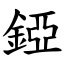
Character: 錏